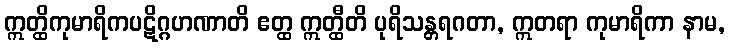
ဣတ္ထိကုမာရိကပဋိဂ္ဂဟဏာတိ ဧတ္ထ ဣတ္ထီတိ ပုရိသန္တရဂတာ, ဣတရာ ကုမာရိကာ နာမ,